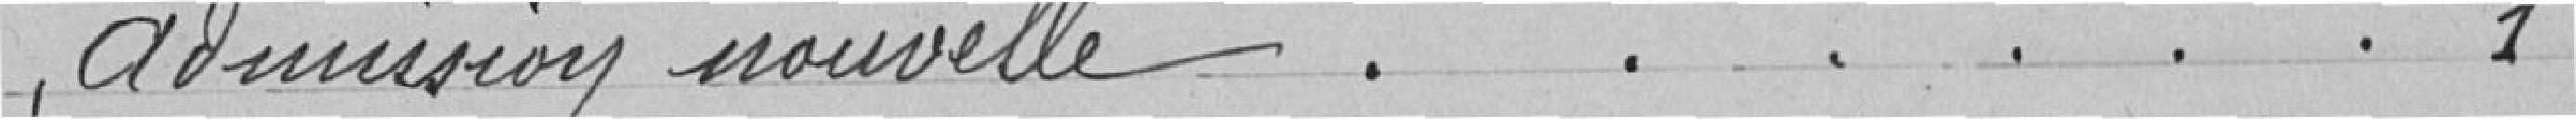
Admission nouvelle ...... 1